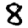
Digit: 8